Supplement to the account of plague administration in the Bombay Presidency from September 1896 till May 1897
Year: 1896
Disease focus: Plague
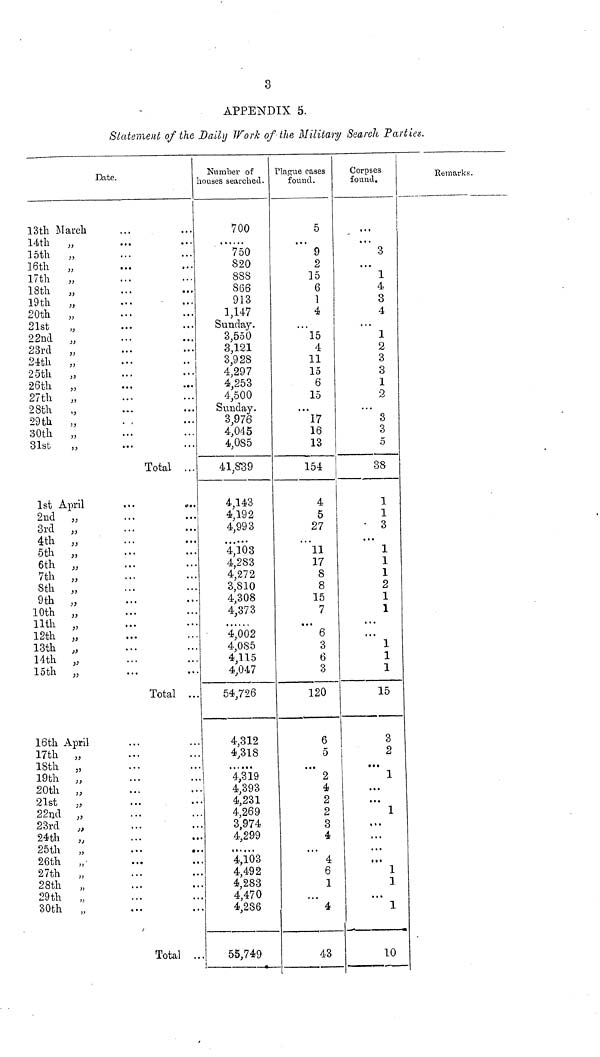
3
APPENDIX 5.
Statement of the Daily Work of the Military Search Parties.
Date.
13th March
14th
,,
15th
,,
16th
„
17th
„
18th
„
19th
„
20th
„
21st
22nd „
23rd
„
24th
„
25th
„
26th
„
27th
„
28th
„
29th
„
30th
„
31st
1st April
2nd „
3rd „
4th „
5th ,,
6th „
7th „
8th „
9th „
10th
„
11th „
12th
„
13th „
14th „
15th
„
16th April
17th
„
18th
„
19th
„
20th „
21st
„
22nd „
23rd
24th ,,
25th
26th
27th
28th
29th
30th
„
...
...
...
...
...
...
...
...
...
...
...
...
...
...
...
...
...
...
...
...
...
Total ...
...
...
...
...
...
...
...
...
...
...
...
...
...
...
...
...
...
...
...
Total ...
...
...
...
...
...
...
...
...
...
...
...
...
...
...
...
...
...
Total ..
Number of
houses searched.
700
750
820
888
866
913
1,147
Sunday.
3,550
3,121
3,928
4,297
4,253
4,500
Sunday.
3,976
4,045
4,085
41,839
4,143
4,192
4,993
...
4,103
4,283
4,272
3,810
4,308
4,373
4,002
4,085
4,115
4,047
54,726
4,312
4,318
4,319
4,393
4,231
4,269
3,974
4,299
... ...
4,103
4,492
4,283
4,470
4,286
55,749
Plague cases
found.
5
...
9
2
15
6
1
4
15
4
11
15
6
15
...
17
16
13
154
4
5
27
11
17
8
8
15
7
...
6
3
6
3
120
6
5
...
2
4
2
2
3
4
...
4
6
1
...
4
43
Corpses
found.
...
3
...
1
4
3
4
1
2
3
3
1
2
3
3
5
38
1
1
3
...
1
1
1
2
1
1
...
1
1
1
15
3
2
...
1
...
...
1
...
...
...
...
1
1
...
1
10
Remarks.